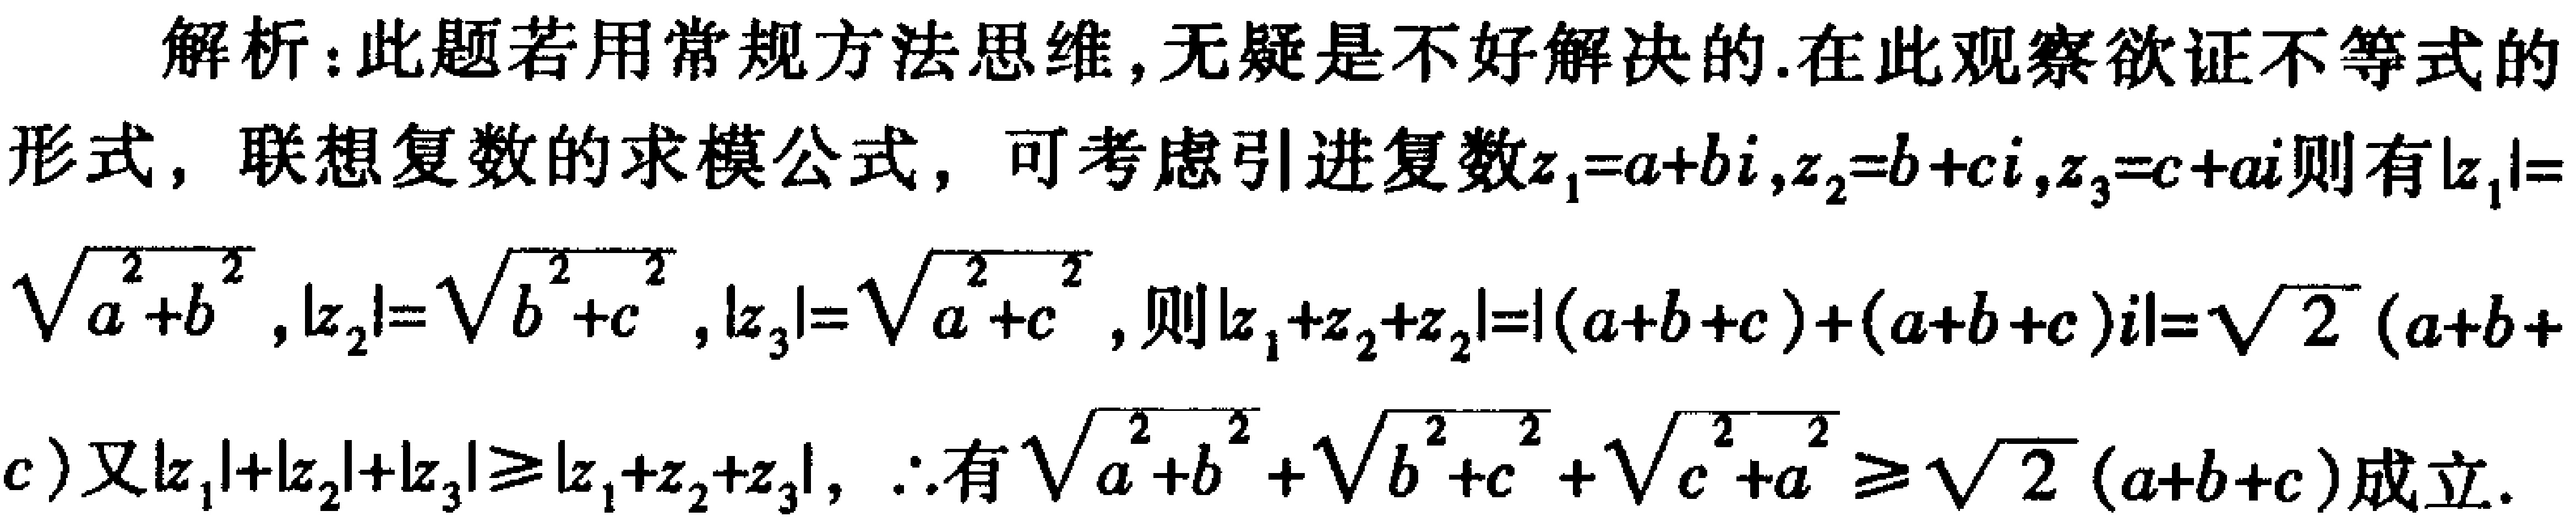
解析：此题若用常规方法思维，无疑是不好解决的.在此观察欲证不等式的形式，联想复数的求模公式，可考虑引进复数\(z_1 = a + bi,z_2 = b + ci,z_3 = c + ai\)则有\(\vert z_1\vert=\sqrt{a^{2}+b^{2}}\)，\(\vert z_2\vert=\sqrt{b^{2}+c^{2}}\)，\(\vert z_3\vert=\sqrt{a^{2}+c^{2}}\)，则\(\vert z_1 + z_2+z_3\vert=\vert(a + b + c)+(a + b + c)i\vert=\sqrt{2}(a + b + c)\)又\(\vert z_1\vert+\vert z_2\vert+\vert z_3\vert\geqslant\vert z_1 + z_2+z_3\vert\)，\(\therefore\)有\(\sqrt{a^{2}+b^{2}}+\sqrt{b^{2}+c^{2}}+\sqrt{c^{2}+a^{2}}\geqslant\sqrt{2}(a + b + c)\)成立.